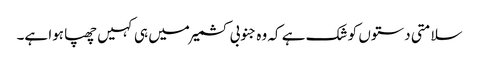
سلامتی دستوں کو شک ہے کہ وہ جنوبی کشمیر میں ہی کہیں چھپا ہوا ہے۔